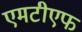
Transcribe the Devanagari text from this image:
एमटीएफ